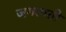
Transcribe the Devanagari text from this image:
जगत्पती